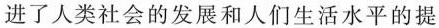
进了人类社会的发展和人们生活水平的提